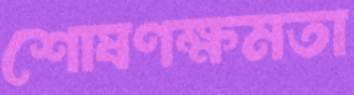
শোষণক্ষমতা